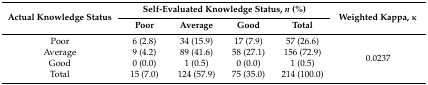
<table><thead><tr><td rowspan="2"><b>Actual Knowledge Status</b></td><td colspan="4"><b>Self-Evaluated Knowledge Status, <i>n</i> (%)</b></td><td rowspan="2"><b>Weighted Kappa, κ</b></td></tr><tr><td><b>Poor</b></td><td><b>Average</b></td><td><b>Good</b></td><td><b>Total</b></td></tr></thead><tbody><tr><td>Poor</td><td>6 (2.8)</td><td>34 (15.9)</td><td>17 (7.9)</td><td>57 (26.6)</td><td rowspan="4">0.0237</td></tr><tr><td>Average</td><td>9 (4.2)</td><td>89 (41.6)</td><td>58 (27.1)</td><td>156 (72.9)</td></tr><tr><td>Good</td><td>0 (0.0)</td><td>1 (0.5)</td><td>0 (0.0)</td><td>1 (0.5)</td></tr><tr><td>Total</td><td>15 (7.0)</td><td>124 (57.9)</td><td>75 (35.0)</td><td>214 (100.0)</td></tr></tbody></table>